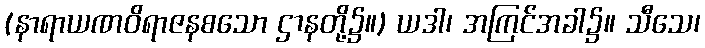
(နာရာယဏဝိရာဇနစသော ဌာနတို့၌။) ယဒါ၊ အကြင်အခါ၌။ သီသေ၊